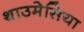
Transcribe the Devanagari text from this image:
थाउमेसिया